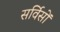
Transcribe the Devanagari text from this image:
सर्विसों